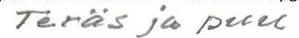
Teräs ja puu